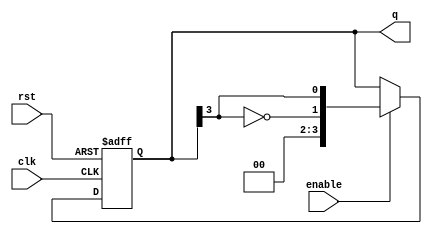
module johnson_counter (
    input wire clk,             // Clock signal
    input wire rst,             // Asynchronous reset signal
    input wire enable,          // Enable signal
    output reg [N-1:0] q        // Output of the counter
);
    parameter N = 4;            // Number of flip-flops (adjust as needed)

    // Johnson Counter logic
    always @(posedge clk or posedge rst) begin
        if (rst) begin
            q <= 0;              // Reset the counter to 0
        end else if (enable) begin
            q <= {~q[N-1], q[N-1:N-1]}; // Shift and feedback inverted last output
        end
    end
endmodule